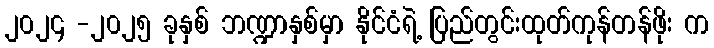
၂၀၂၄ -၂၀၂၅ ခုနှစ် ဘဏ္ဍာနှစ်မှာ နိုင်ငံရဲ့ ပြည်တွင်းထုတ်ကုန်တန်ဖိုး က